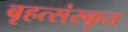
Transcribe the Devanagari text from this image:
बृहत्संस्कृत